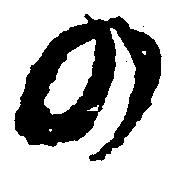
の